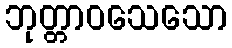
ဘုတ္တာဝသေသော